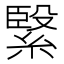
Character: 𮵾